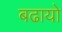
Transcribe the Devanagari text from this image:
बढायो